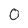
Character: 0